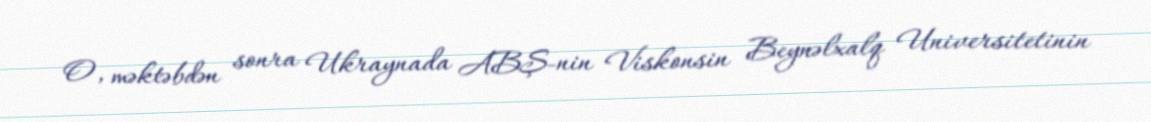
O, məktəbdən sonra Ukraynada ABŞ-nin Viskonsin Beynəlxalq Universitetinin